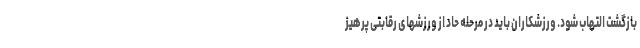
بازگشت التهاب شود. ورزشکاران باید در مرحله حاد از ورزشهای رقابتی پرهیز